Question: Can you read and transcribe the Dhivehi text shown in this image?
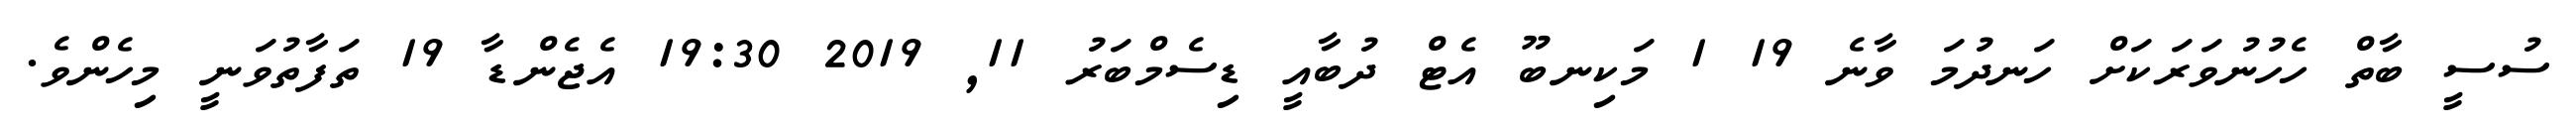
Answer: ސުސީ ބާތް ހެހުނުވަރަކަށް ހަނދުމަ ވާނެ 19 1 މަކިނބޫ އެޓް ދުބާއީ ޑިސެމްބަރު 11, 2019 19:30 އެޖެންޑާ 19 ތަފާތުވަނީ މިހެންވެ.